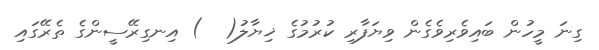
ގިނަ މީހުން ބައިވެރިވެގެން ވިޔަފާރި ކުރުމުގެ ޚިޔާލު(  ) އިނގިރޭސީންގެ ތެރޭގައި